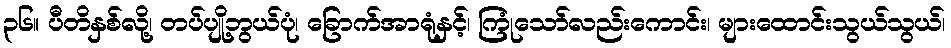
၃၆။ ပီတိနှစ်လို့၊ တပ်ပျို့ဘွယ်ပုံ၊ ခြောက်အာရုံနှင့်၊ ကြုံသော်လည်းကောင်း၊ များထောင်းသွယ်သွယ်၊